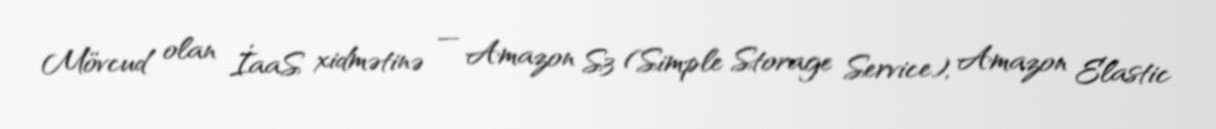
Mövcud olan İaaS xidmətinə — Amazon S3 (Simple Storage Service), Amazon Elastic